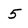
Character: 5